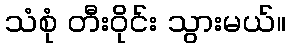
သံစုံ တီးဝိုင်း သွားမယ်။